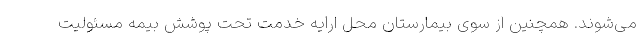
می‌شوند. همچنین از سوی بیمارستان محل ارایه خدمت تحت پوشش بیمه مسئولیت